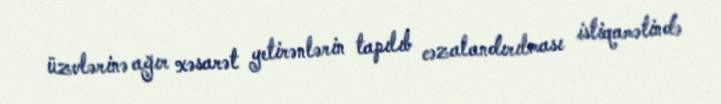
üzvlərinə ağır xəsarət yetirənlərin tapılıb cəzalandırılması istiqamətində